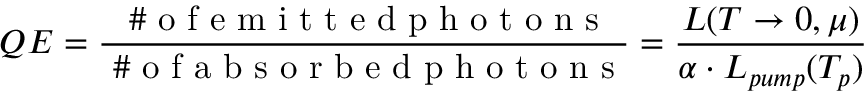
Q E = \frac { \mathrm { ~ \# ~ o ~ f ~ e ~ m ~ i ~ t ~ t ~ e ~ d ~ p ~ h ~ o ~ t ~ o ~ n ~ s ~ } } { \mathrm { ~ \# ~ o ~ f ~ a ~ b ~ s ~ o ~ r ~ b ~ e ~ d ~ p ~ h ~ o ~ t ~ o ~ n ~ s ~ } } = \frac { L ( T \rightarrow 0 , \mu ) } { \alpha \cdot L _ { p u m p } ( T _ { p } ) }